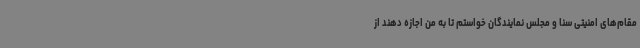
مقام‌های امنیتی سنا و مجلس نمایندگان خواستم تا به من اجازه دهند از